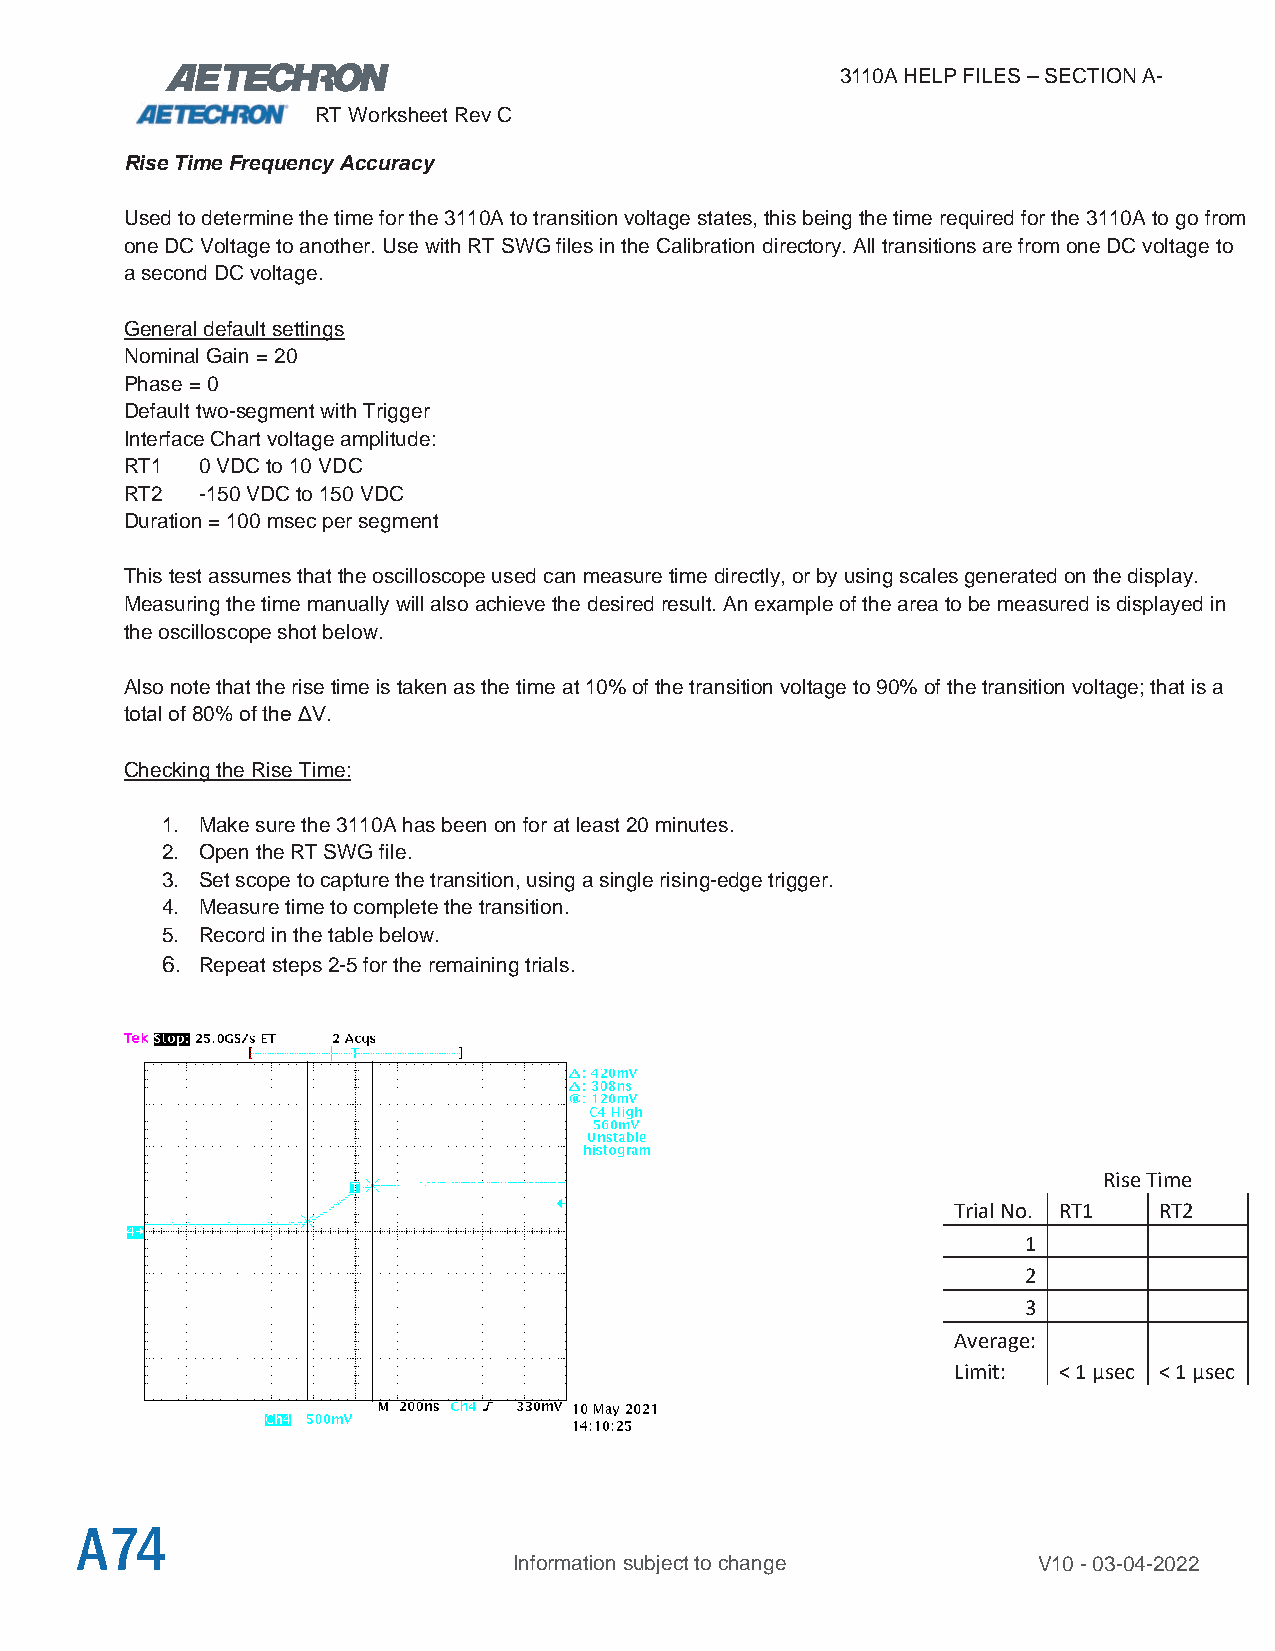
3110A HELP FILES – SECTION A-
 RT Worksheet Rev C
 Rise Time Frequency Accuracy
 Used to determine the time for the 3110A to transition voltage states, this being the time required for the 3110A to go from
 one DC Voltage to another. Use with RT SWG files in the Calibration directory. All transitions are from one DC voltage to
 a second DC voltage.
 General default settings
 Nominal Gain = 20
 Phase = 0
 Default two-segment with Trigger
 Interface Chart voltage amplitude:
 RT1  0 VDC to 10 VDC
 RT2  -150 VDC to 150 VDC
 Duration = 100 msec per segment
 This test assumes that the oscilloscope used can measure time directly, or by using scales generated on the display.
 Measuring the time manually will also achieve the desired result. An example of the area to be measured is displayed in
 the oscilloscope shot below.
 Also note that the rise time is taken as the time at 10% of the transition voltage to 90% of the transition voltage; that is a
 total of 80% of the ΔV.
 Checking the Rise Time:
 1. Make sure the 3110A has been on for at least 20 minutes.
 2. Open the RT SWG file.
 3. Set scope to capture the transition, using a single rising-edge trigger.
 4. Measure time to complete the transition.
 5. Record in the table below.
 6. Repeat steps 2-5 for the remaining trials.
 Rise Time
 Trial No. RT1 RT2
 1
 2
 3
 Average:
 Limit: < 1 µsec < 1 µsec
 A74
 Information subject to change      V10 - 03-04-2022